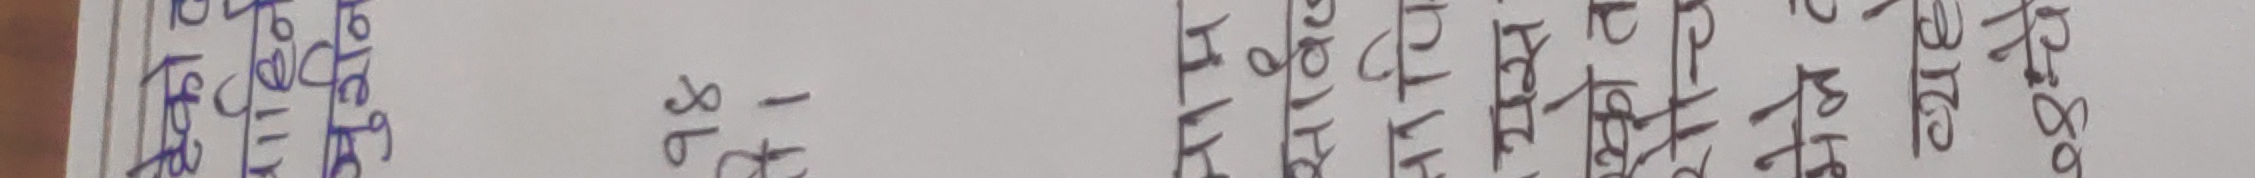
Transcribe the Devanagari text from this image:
कतिबेला हो र?
१८
२८०००